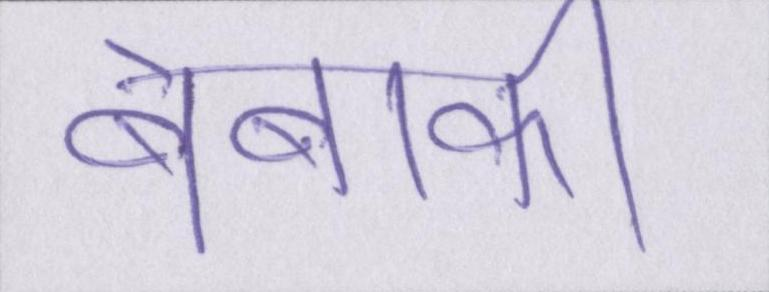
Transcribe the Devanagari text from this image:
बेबाकी